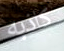
كاذبه